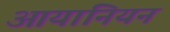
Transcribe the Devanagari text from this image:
आयानियन